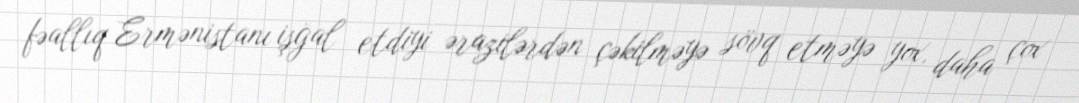
fəallıq Ermənistanı işğal etdiyi ərazilərdən çəkilməyə sövq etməyə yox, daha çox